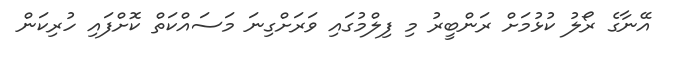
އޭނާގެ ރޯލު ކުޅުމަށް ރަންބީރު މި ފިލްމުގައި ވަރަށްގިނަ މަސައްކަތް ކޮށްފައި ހުރިކަން